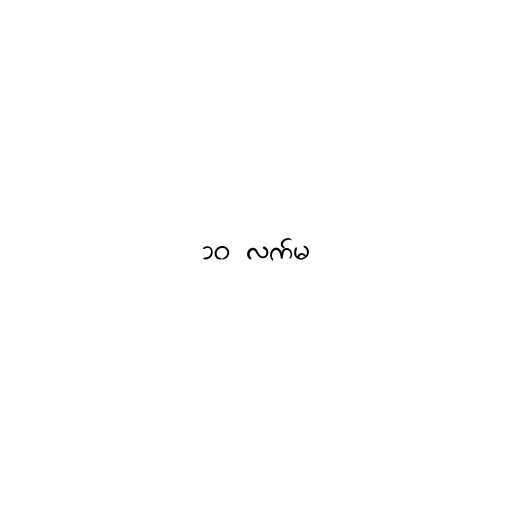
၁၀ လက်မ